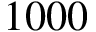
1 0 0 0